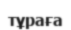
тұраға